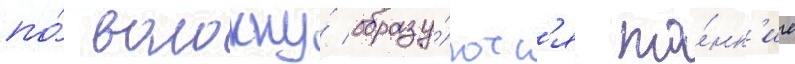
по́ волокну́ образу́ютс'я то́нк'ие